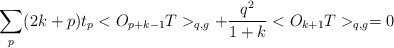
\begin{align*}\sum _{p} (2k+p)t_{p}<O_{p+k-1}T>_{q,g}+ \frac{q^{2}}{1+k}<O_{k+1}T>_{q,g} =0\end{align*}